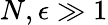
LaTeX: N,\epsilon\gg 1